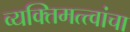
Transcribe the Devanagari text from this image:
व्यक्तिमत्त्वांचा